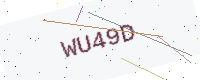
Text: WU49D